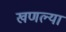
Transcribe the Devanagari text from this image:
खणल्या